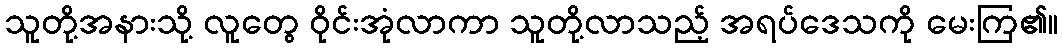
သူတို့အနားသို့ လူတွေ ဝိုင်းအုံလာကာ သူတို့လာသည့် အရပ်ဒေသကို မေးကြ၏။